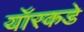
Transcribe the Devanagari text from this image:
यॉरकडे